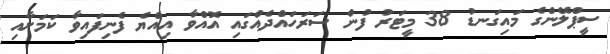
ސީޕްލޭންގެ މައިގަނޑު 38 މީޓަރުު ފުން ސަރަހައްދެއްގައި އޮއްވާ އިއްޔެ ފެނިފައިވާ ކަމަށާއި